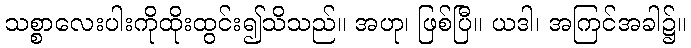
သစ္စာလေးပါးကိုထိုးထွင်း၍သိသည်။ အဟု၊ ဖြစ်ပြီ။ ယဒါ၊ အကြင်အခါ၌။